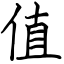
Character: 值